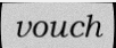
vouch